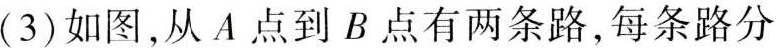
(3) 如图，从A点到B点有两条路，每条路分